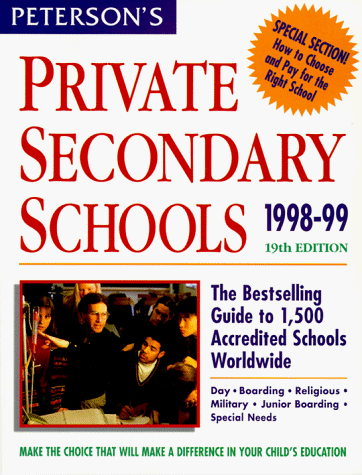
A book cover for Peterson's Private Secondary Schools: 1998-99 (19th ed); Petersons; Test Preparation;